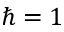
\hbar = 1